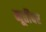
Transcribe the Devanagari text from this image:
मूर्तींवर